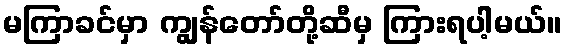
မကြာခင်မှာ ကျွန်တော်တို့ဆီမှ ကြားရပါ့မယ်။